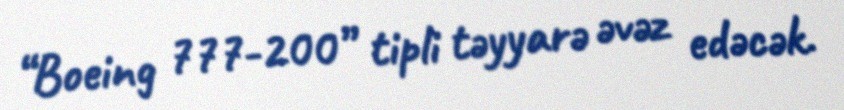
“Boeing 777-200” tipli təyyarə əvəz edəcək.